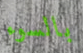
بالسوء